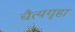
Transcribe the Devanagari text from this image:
चैत्यगृहा